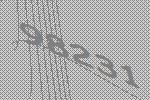
98231